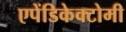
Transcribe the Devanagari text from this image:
एपेंडिकेक्टोमी